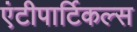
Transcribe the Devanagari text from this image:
एंटीपार्टिकल्स